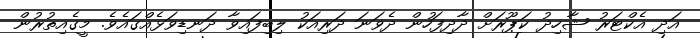
އަދި އެކްޓަރު ޝާހިދު ކަޕޫރަށް ދާދިފަހުން ދެވަނަ ދަރިއަކު ލިބިފައިވާ ދަނޑިވަޅެއްގައެވެ. މީގެއިތުރުން